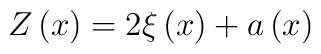
Z\left( x\right) =2\xi \left( x\right) +a\left( x\right)